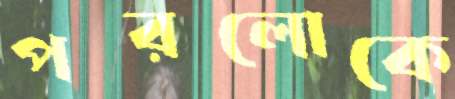
পরলোকে